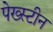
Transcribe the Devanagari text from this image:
पेख्स्टीन